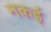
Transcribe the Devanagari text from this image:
नकई